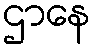
ဌာနေ